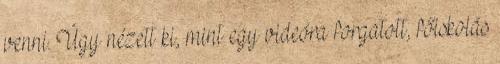
venni. Úgy nézett ki, mint egy videóra forgatott, főiskolás